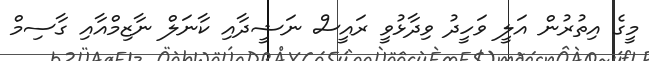
މީގެ އިތުރުން އަލީ ވަހީދު ވިދާޅުވީ ރައީސް ނަޝީދާއި ކާނަލް ނާޒިމްއާއި ގާސިމް